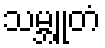
သမ္ဘူတံ